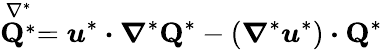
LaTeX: \stackrel{\nabla^{*}}{\boldsymbol{\mathrm{Q}}^{*}}=\boldsymbol{u}^{*}\boldsymbol{\cdot}\boldsymbol{\nabla}^{*}\boldsymbol{\mathrm{Q}}^{*}-(\boldsymbol{\nabla}^{*}\boldsymbol{u}^{*})\boldsymbol{\cdot}\boldsymbol{\mathrm{Q}}^{*}